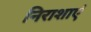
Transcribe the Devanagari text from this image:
निराशाएं